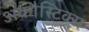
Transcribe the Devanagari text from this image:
अकौस्टिक्स